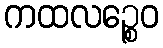
ကထလဉ္စေဝ